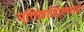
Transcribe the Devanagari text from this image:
मृत्तिकाशिल्पात